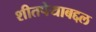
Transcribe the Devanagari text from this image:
शीतपेयाबद्दल